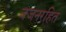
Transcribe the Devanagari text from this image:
वजनरहित